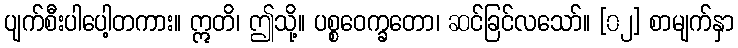
ပျက်စီးပါပေါ့တကား။ ဣတိ၊ ဤသို့။ ပစ္စဝေက္ခတော၊ ဆင်ခြင်လသော်။ [၀၂] စာမျက်နှာ